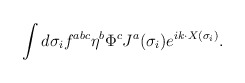
\begin{align*}\int d\sigma_i f^{abc}\eta^b \Phi^cJ^{a}(\sigma_i)e^{ik\cdot X(\sigma_i)}.\end{align*}